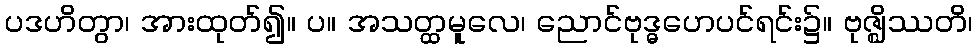
ပဒဟိတွာ၊ အားထုတ်၍။ ပ။ အသတ္ထမူလေ၊ ညောင်ဗုဒ္ဓဟေပင်ရင်း၌။ ဗုဇ္ဈိဿတိ၊